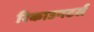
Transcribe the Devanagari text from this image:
रिकाउनटर्स